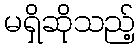
မရှိဆိုသည့်